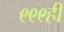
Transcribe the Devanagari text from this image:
९९९ही